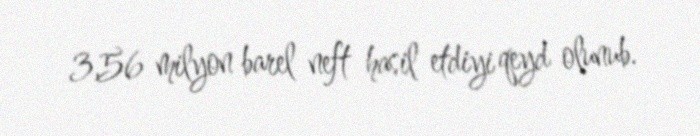
3,56 milyon barel neft hasil etdiyi qeyd olunub.